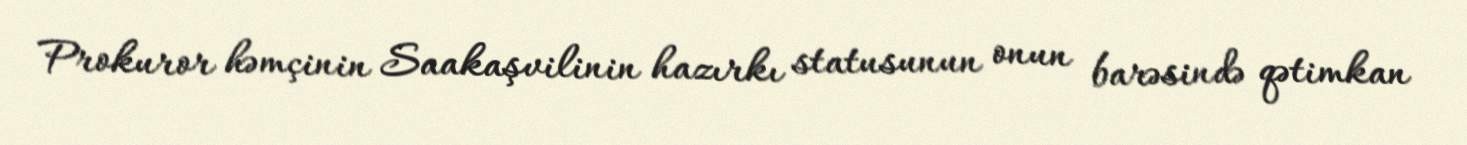
Prokuror həmçinin Saakaşvilinin hazırkı statusunun onun barəsində qətimkan